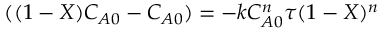
( ( 1 - X ) C _ { A 0 } - C _ { A 0 } ) = - k C _ { A 0 } ^ { n } \tau ( 1 - X ) ^ { n }